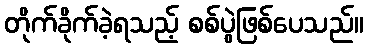
တိုက်ခိုက်ခဲ့ရသည့် စစ်ပွဲဖြစ်ပေသည်။